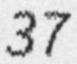
37